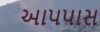
આપપાસ